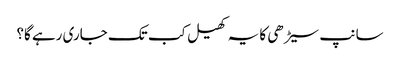
سانپ سیڑھی کا یہ کھیل کب تک جاری رہے گا؟